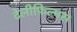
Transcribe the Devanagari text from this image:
टेलीफिल्मस